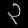
Digit: ၃